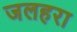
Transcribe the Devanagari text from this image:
जलहरा